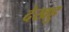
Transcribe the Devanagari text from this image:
देखहु